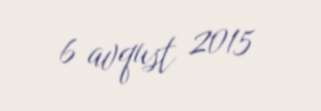
6 avqust 2015